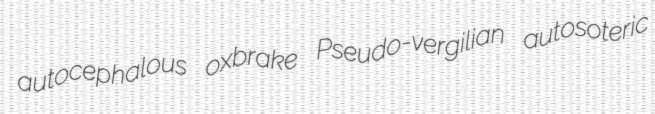
autocephalous oxbrake Pseudo-vergilian autosoteric